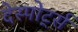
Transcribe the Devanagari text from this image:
देस्पोर्ट्स